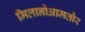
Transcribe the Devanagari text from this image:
मिलानोआमतौर